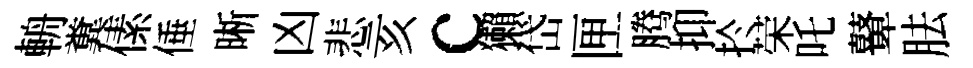
輈糞傃倕晰凶悲亥c獺岱匣腾抑扵荣吒鼙胠